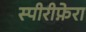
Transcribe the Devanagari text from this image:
स्पीरीफ़ेरा